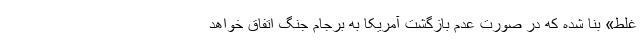
غلط» بنا شده که در صورت عدم بازگشت آمریکا به برجام جنگ اتفاق خواهد